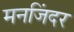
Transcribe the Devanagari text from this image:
मनजिंदर